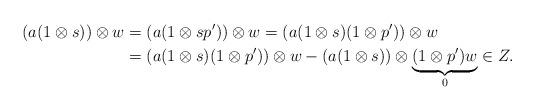
LaTeX: \begin{align*}\left( a(1 \otimes s) \right) \otimes w & = (a(1 \otimes sp')) \otimes w = (a(1 \otimes s)(1 \otimes p')) \otimes w \\& = (a (1 \otimes s)(1 \otimes p')) \otimes w - (a(1 \otimes s)) \otimes \underbrace{(1 \otimes p')w}_{0} \in Z.\end{align*}